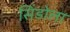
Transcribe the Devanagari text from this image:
सिंडोला